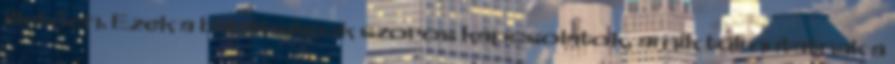
illetően. Ezek a barátságok szoros kapcsolatok, amik túlmutatnak a